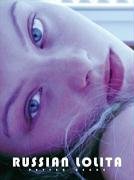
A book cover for Russian Lolita (German, English and French Edition); Petter Hegre; Arts & Photography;